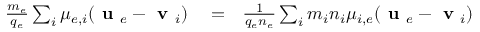
\begin{array} { r l r } { \frac { m _ { e } } { q _ { e } } \sum _ { i } \mu _ { e , i } ( \textbf { u } _ { e } - \textbf { v } _ { i } ) } & { { } = } & { \frac { 1 } { q _ { e } n _ { e } } \sum _ { i } m _ { i } n _ { i } \mu _ { i , e } ( \textbf { u } _ { e } - \textbf { v } _ { i } ) } \end{array}